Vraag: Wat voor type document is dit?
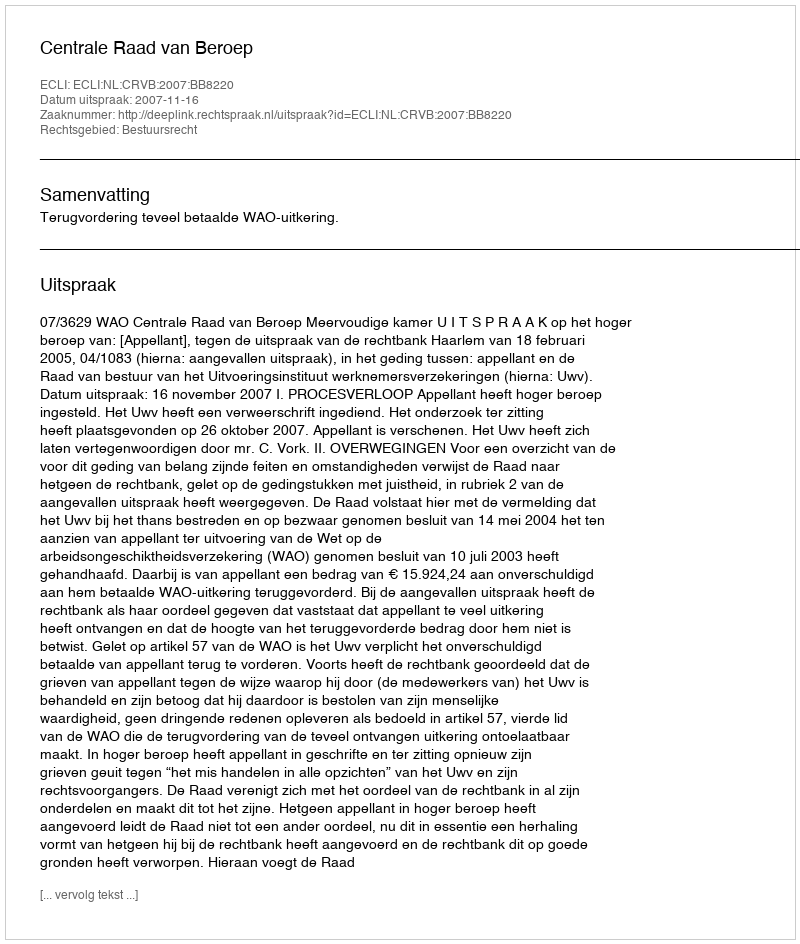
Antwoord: Uitspraak